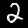
Digit: 2